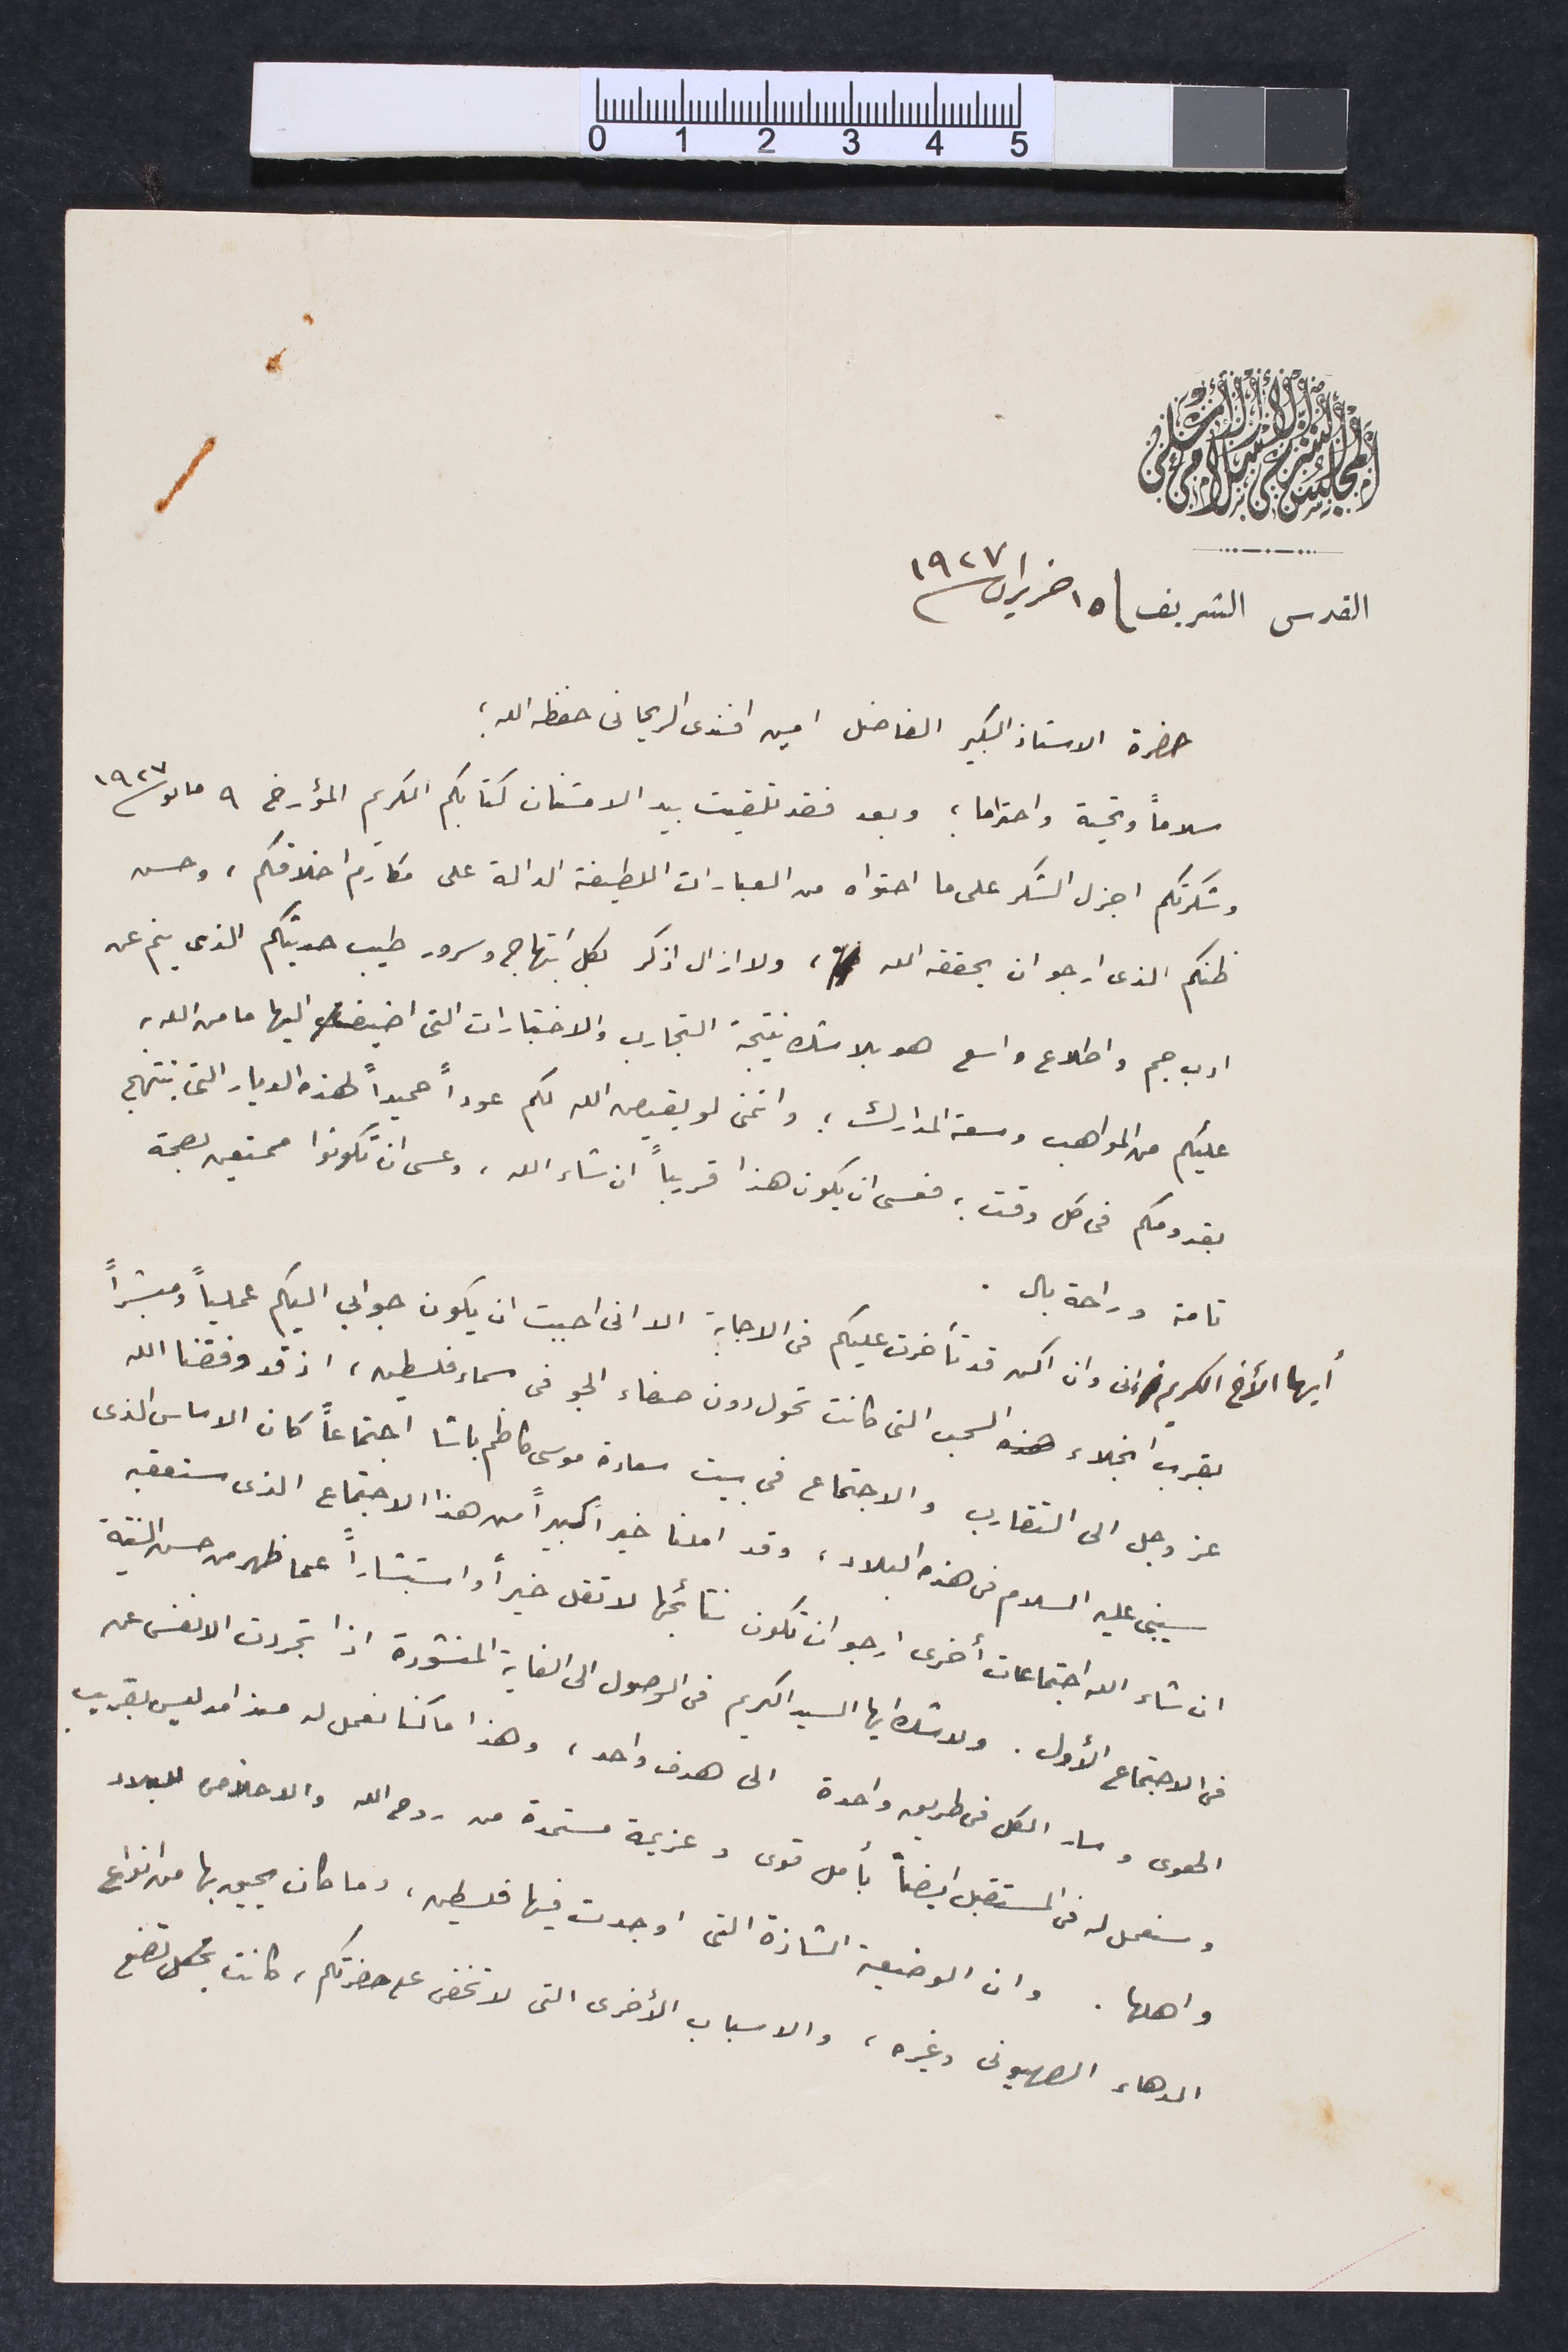
المجلس الشرعى الاسلامى الاعلى
القدس الشريف / ١٥ حزيران سنة ١٩٢٧
حضرة الاستاذ الكبير الفاضل امين افندى الريحانى حفظه الله ؛
سلاماً وتحية واحترام ؛ " وبعد فقد تلقيت بيد الامتنان كتابكم الكريم المؤرخ ٩ مايو سنة ١٩٢٧
وشكرتكم اجزل الشكر على ما احتواه من العبارات اللطيفة الدالة على مكارم اخلاقكم، وحسن
ظنكم الذى ارجو ان يحققه الله، ولا ازال اذكر بكل ابتهاج وسرور طيب حديثكم الذى ينم عنه
ادب جم واطلاع واسع هو بلا شك نتيجة التجارب والاختبارات التى اضيف اليها ما منه الله به
عليكم من المواهب وسعة المدارك ؛ واتمنى لو يقيص الله لكم عوداً حميداً لهذه الديار التى تبتهج
بقدومكم فى كل وقت ؛ فعسى ان يكون هذا قريباً ان شاء الله، وعسى ان تكونوا ممتعين بصحة
تامة وراحة بال.
أيها الأخ الكريم إنى وان اكن قد تأخرت عليكم فى الاجابة الا انى احببت ان يكون جوابى عملياً ومبشراً
بقرب انجلاء السحب التى كانت تحول دون صفاء الجو فى سماء فلسطين، اذ قد وفقنا الله
عز وجل الى التقارب والاجتماع فى بيت سعادة موسى كاظم باشا اجتماعاً كان الاساس الذى
سيبنى عليه السلام فى هذه البلاد، وقد املنا خيراً كبيراً من هذا الاجتماع الذى ستعقبه
ان شاء الله اجتماعات أخرى ارجو ان تكون نتائجها لا تقل خيراً واستبشاراً عما ظهر من حسن النيّة
في الاجتماع الأول. ولا شك ايها السيد الكريم من الوصول الى الغاية المنشودة اذا تجردت الانفس عن
الهوى وسار الكل فى طريق واحدة الى هدف واحد، وهذا ما كنا نعمل له منذ امد ليس بقريب
وسنعمل له فى المستقبل ايضاً بأمل قوى وعزيمة مستمدة من روح الله والاخلاص للبلاد
واهلها. وان الوضعية الشاذة التى اوجدت فيها فلسطين، وما كان يحيق بها من انواع
الدهاء الصهيونى وغيره، والاسباب الأخرى التى لا تخفى على حضرتكم، كانت تضع